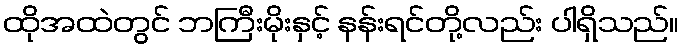
ထိုအထဲတွင် ဘကြီးမိုးနှင့် နန်းရင်တို့လည်း ပါရှိသည်။